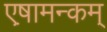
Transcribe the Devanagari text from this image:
एष़ामन्कम्